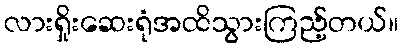
လားရှိုးဆေးရုံအထိသွားကြည့်တယ်။